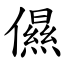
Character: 儑